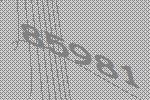
85981